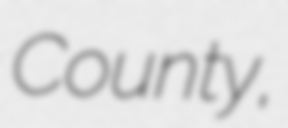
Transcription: County,